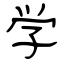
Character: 学